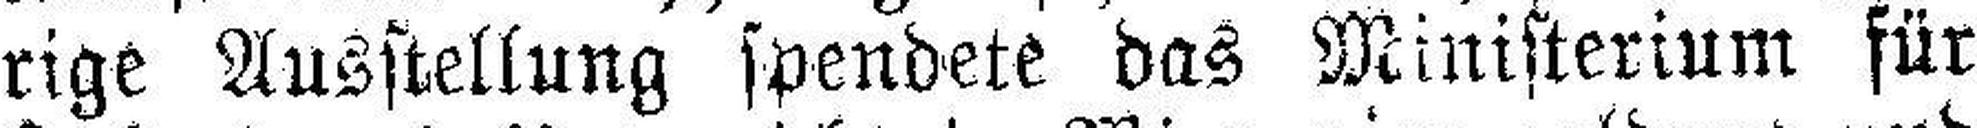
rige Ausstellung spendete das Ministerium für